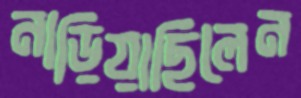
নাড়িয়াছিলেন